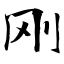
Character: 刚